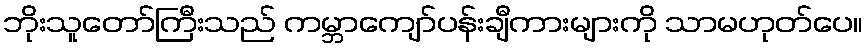
ဘိုးသူတော်ကြီးသည် ကမ္ဘာကျော်ပန်းချီကားများကို သာမဟုတ်ပေ။